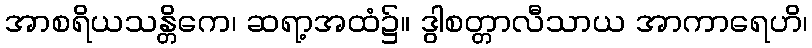
အာစရိယသန္တိကေ၊ ဆရာ့အထံ၌။ ဒွါစတ္တာလီသာယ အာကာရေဟိ၊